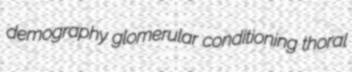
demography glomerular conditioning thoral